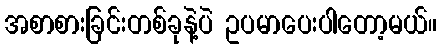
အစာစားခြင်းတစ်ခုနဲ့ပဲ ဥပမာပေးပါတော့မယ်။